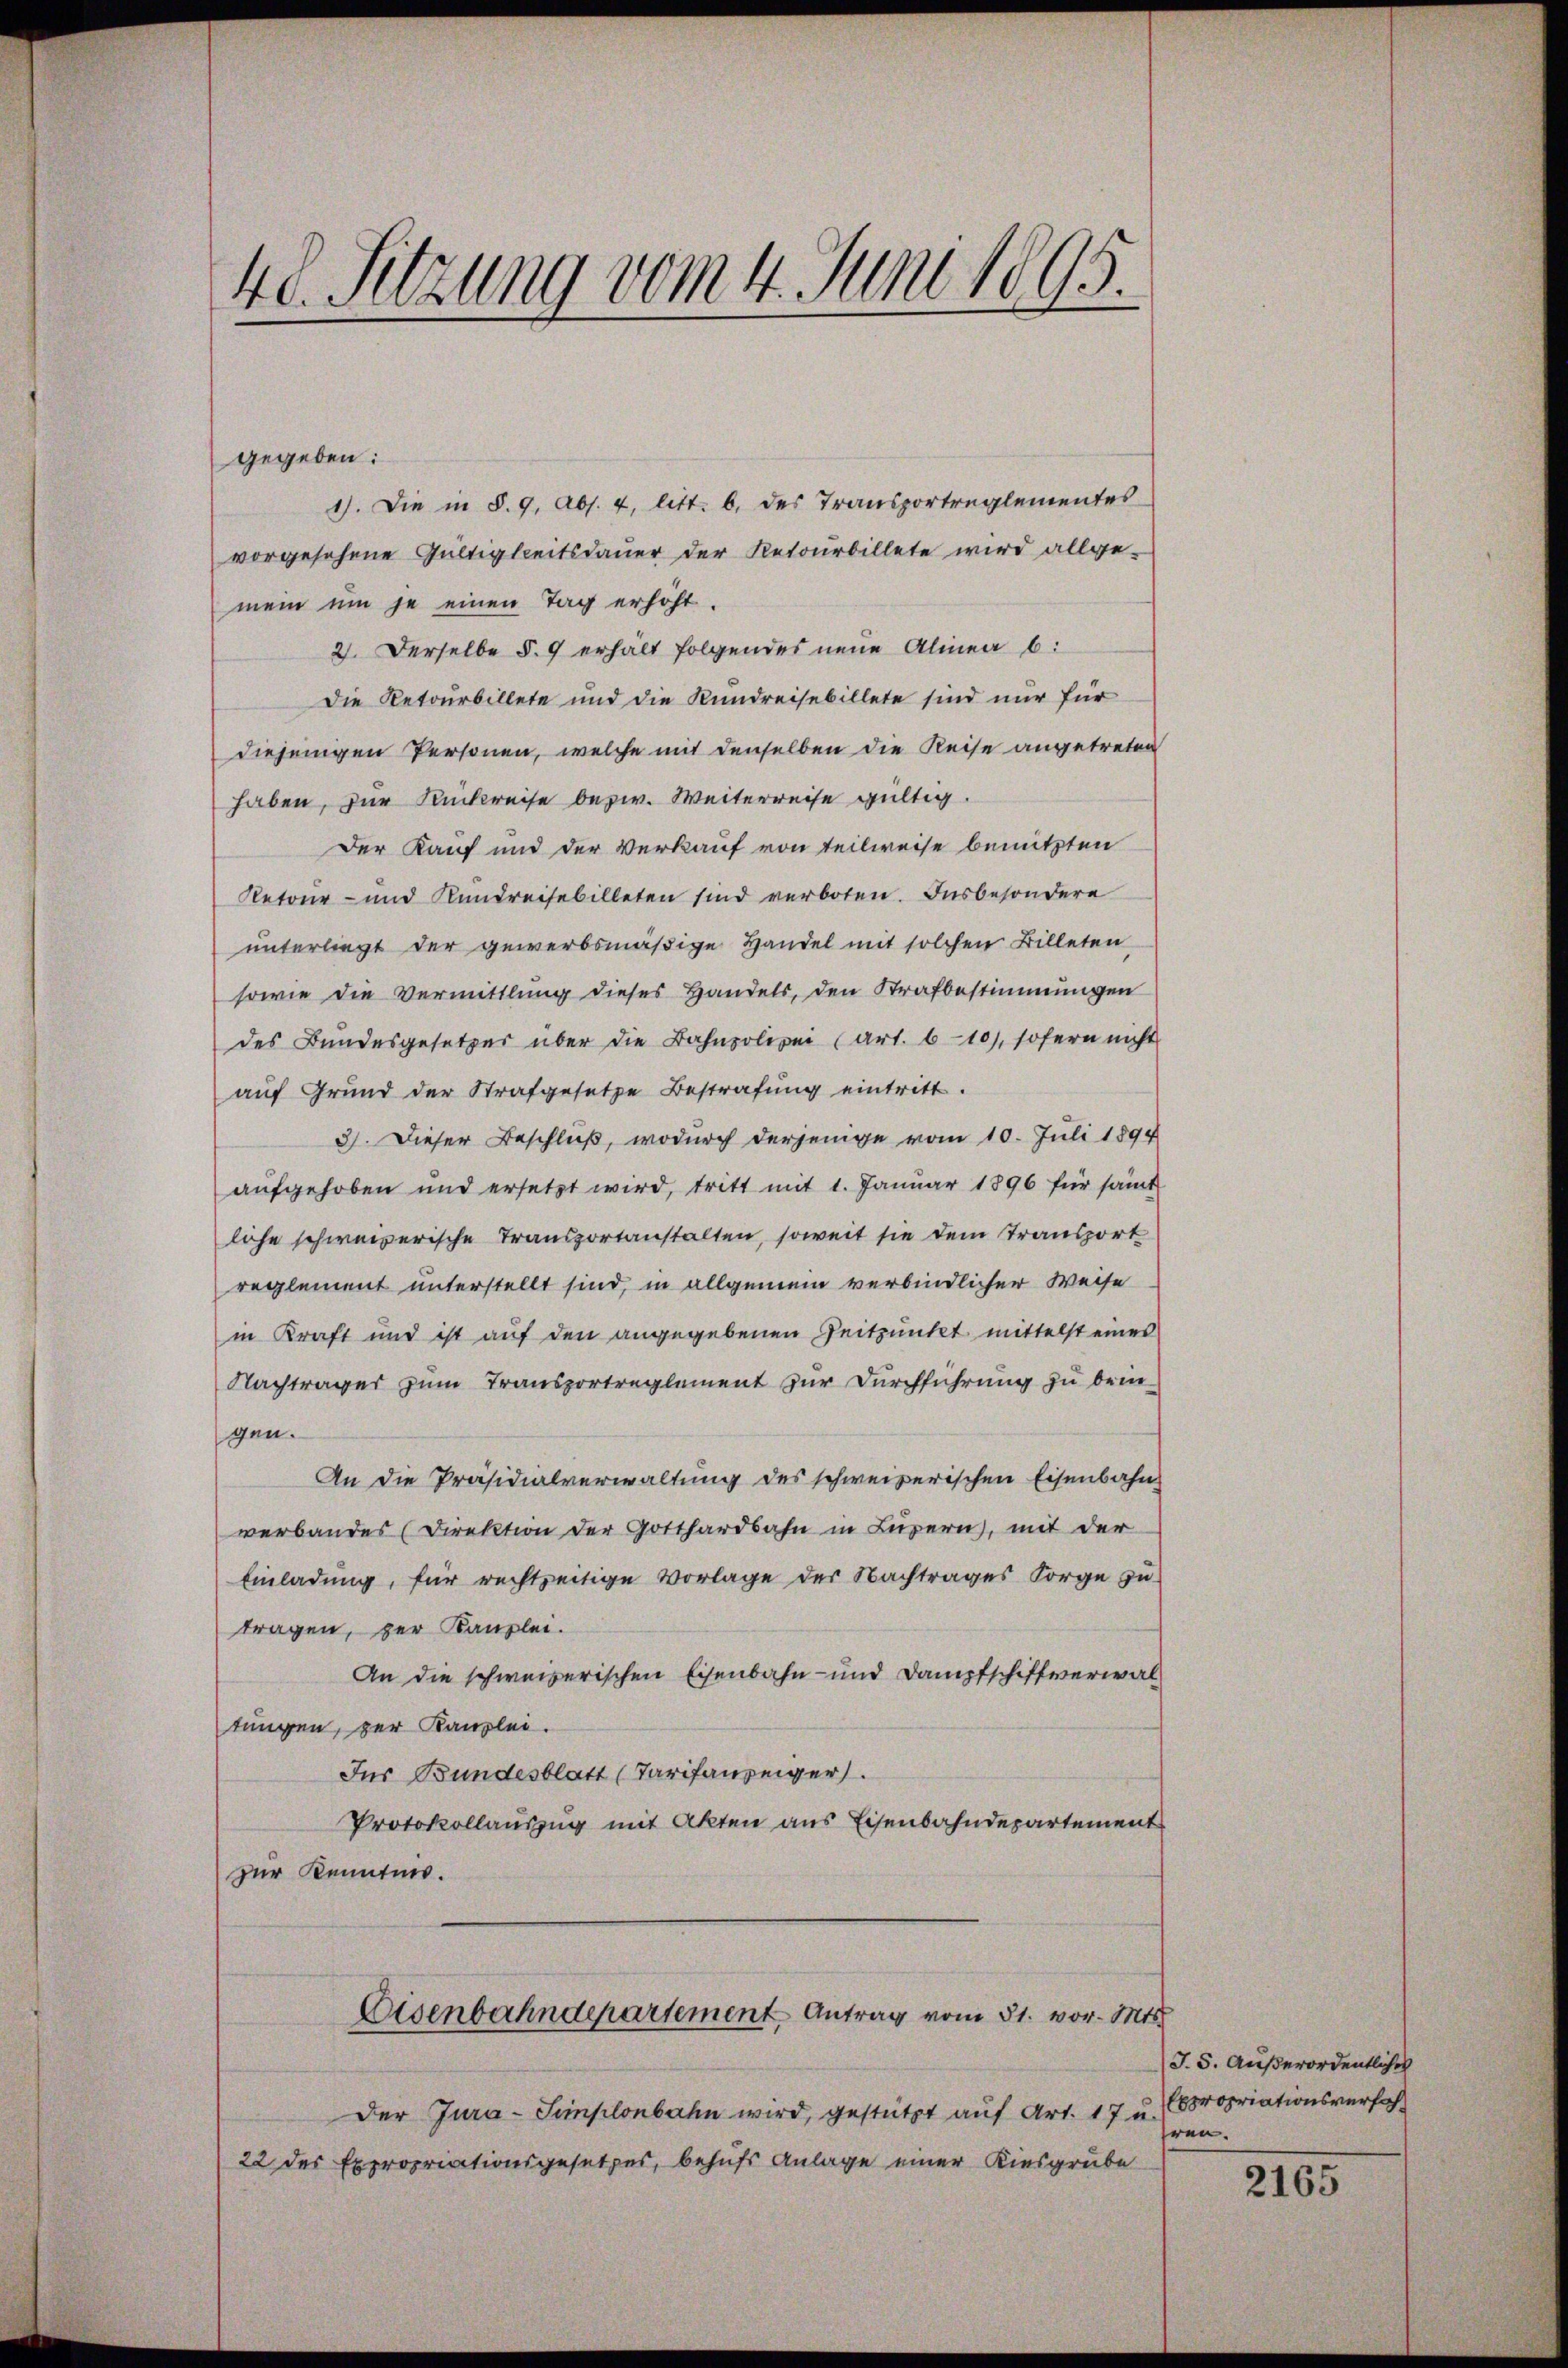
48. Sitzung vom 4. Juni 1895.

gegeben:
1). Die in §. 9. Abs. 4, litt. b. des Transportreglementes
vorgesehene Gültigkeitsdauer der Retourbillete wird allge-
mein um je einen Tag erhöht.
2. Derselbe §. 9 erhält folgendes neue Alinea b:
Die Retourbillete und die Kundreisebillete sind nur für
diejenigen Personen, welche mit denselben die Reise angetreten
haben, zur Rückreise bezw. Weiterreise gültig.
Der Kauf und der Verkauf von teilweise benutzten
Retour- und Rundreisebilleten sind verboten. Insbesondere
unterliegt der gewerbsmäßige Handel mit solchen Billeten,
sowie die Vermittlung dieses Handels, den Strafbestimmungen
des Bundesgesetzes über die Bahnpolizei (Art. 610), sofern nicht
auf Grund der Strafgesetze Bestrafung eintritt.
3). Dieser Beschluß, wodurch derjenige vom 10. Juli 1894
aufgehoben und ersetzt wird, tritt mit 1. Januar 1896 für sämt
lihe schweizerische Transportanstalten, soweit sie dem Transport
reglement unterstellt sind, in allgemein verbindlicher Weise
in Kraft und ist auf den angegebenen Zeitpunkt mittelst eines
Nachtrages zum Transportreglement zur Durchführung zu beigen.
An die Präsidialverwaltung des schweizerischen Eisenbahn
verbandes Direktion der Gotthardbahn in Luzern, mit der
Einladung, für rechtzeitige Vorlage der Nachtrages Sorge zu
tragen, per Kanzlei.
An die schweizerischen Eisenbahn- und Dampfschiffverwaltungen, zur Kanzlei.
Ins Bundesblatt (Tarifanzeiger.
Protokollauszug mit Akten aus Eisenbahndepartement
zur Kenntnis.
Eisenbahndepartement Antrag vom 31. vor. Mts.
Der Jura-Simplonbahn wird, gestützt auf Art. 17 u.
22 des Expropriationsgesetzes, behufs Anlage einer Kiesgrube

J. 5. Außerordentlicher
Expropriationsverfahhren.

2165